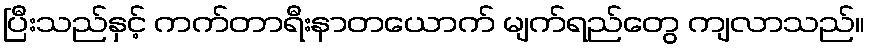
ပြီးသည်နှင့် ကက်တာရီးနာတယောက် မျက်ရည်တွေ ကျလာသည်။